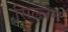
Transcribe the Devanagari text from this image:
सिल्लनु